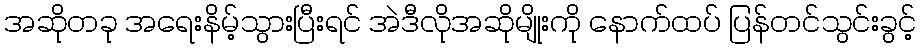
အဆိုတခု အရေးနိမ့်သွားပြီးရင် အဲဒီလိုအဆိုမျိုးကို နောက်ထပ် ပြန်တင်သွင်းခွင့်